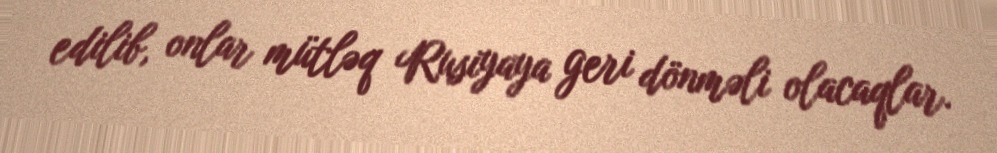
edilib, onlar mütləq Rusiyaya geri dönməli olacaqlar.